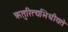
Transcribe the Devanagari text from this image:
ऋतुरित्यभिधीयते